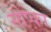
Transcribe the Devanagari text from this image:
सोप्का